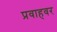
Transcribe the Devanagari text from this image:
प्रवाहवर